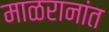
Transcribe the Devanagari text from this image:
माळरानांत